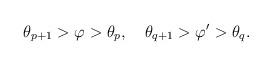
LaTeX: \begin{align*}\theta_{p+1}>\varphi>\theta_p,\quad\theta_{q+1}>\varphi'>\theta_q.\end{align*}